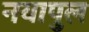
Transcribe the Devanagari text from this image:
नयापुल